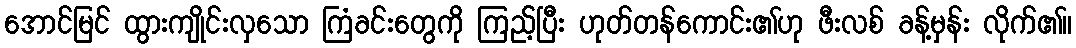
အောင်မြင် ထွားကျိုင်းလှသော ကြံခင်းတွေကို ကြည့်ပြီး ဟုတ်တန်ကောင်း၏ဟု ဖီးလစ် ခန့်မှန်း လိုက်၏။